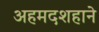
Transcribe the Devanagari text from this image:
अहमदशहाने